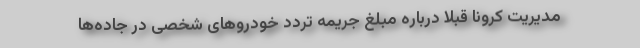
مدیریت کرونا قبلا درباره مبلغ جریمه تردد خودروهای شخصی در جاده‌ها